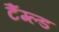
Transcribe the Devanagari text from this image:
टैंग्ल्ड